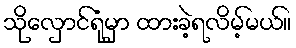
သိုလှောင်ရုံမှာ ထားခဲ့ရလိမ့်မယ်။